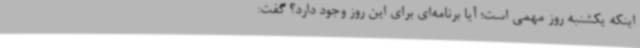
اینکه یکشنبه روز مهمی است؛ آیا برنامه‌ای برای این روز وجود دارد؟ گفت: